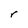
Character: r